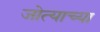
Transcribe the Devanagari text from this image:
जोत्याच्या